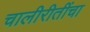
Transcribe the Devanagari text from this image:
चालीरीतींचा